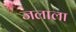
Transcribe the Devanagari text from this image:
जलाला